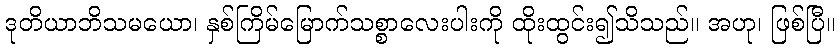
ဒုတိယာဘိသမယော၊ နှစ်ကြိမ်မြောက်သစ္စာလေးပါးကို ထိုးထွင်း၍သိသည်။ အဟု၊ ဖြစ်ပြီ။